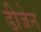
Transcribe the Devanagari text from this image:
डीजेन